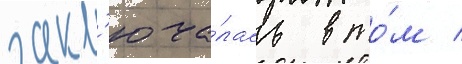
закл'юча́лась в то́м /